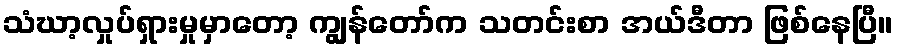
သံဃာ့လှုပ်ရှားမှုမှာတော့ ကျွန်တော်က သတင်းစာ အယ်ဒီတာ ဖြစ်နေပြီ။